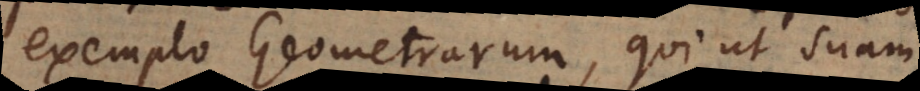
exemplo Geometrarum, qui ut suam